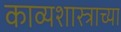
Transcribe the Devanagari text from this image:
काव्यशास्त्राच्या